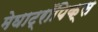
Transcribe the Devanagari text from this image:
मेघाट्रॉपिक्स